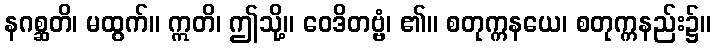
နဂစ္ဆတိ၊ မထွက်။ ဣတိ၊ ဤသို့။ ဝေဒိတဗ္ဗံ၊ ၏။ စတုက္ကနယေ၊ စတုက္ကနည်း၌။